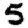
Digit: 5